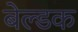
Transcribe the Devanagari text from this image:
बेल्डक